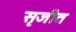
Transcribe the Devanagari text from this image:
सृजीत